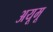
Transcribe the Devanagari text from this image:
अयूमू